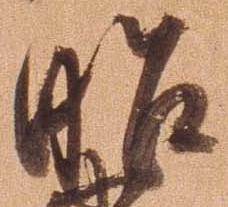
昭